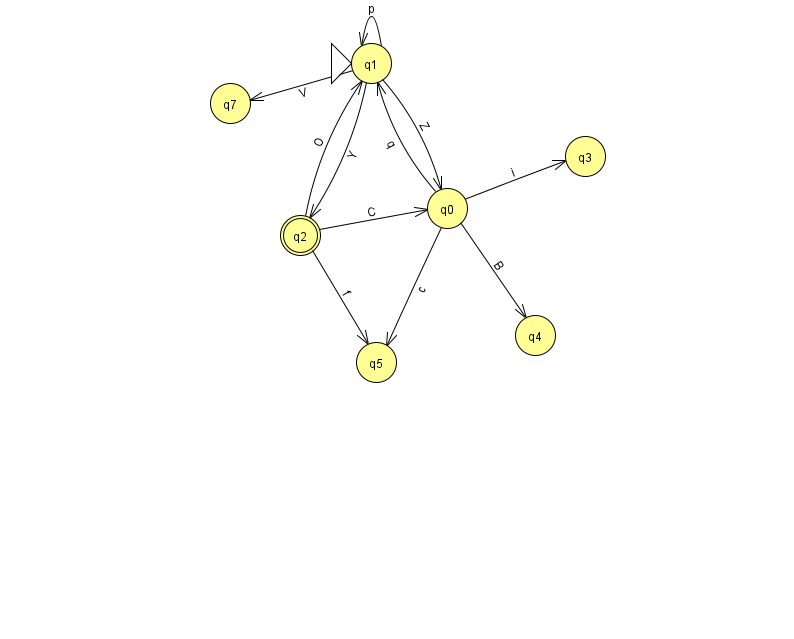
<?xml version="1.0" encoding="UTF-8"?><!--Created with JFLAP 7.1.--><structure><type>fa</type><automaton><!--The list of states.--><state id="0" name="q0"><x>447.0</x><y>195.0</y></state><state id="1" name="q1"><x>371.0</x><y>50.0</y><initial/></state><state id="2" name="q2"><x>300.0</x><y>222.0</y><final/></state><state id="3" name="q3"><x>585.0</x><y>143.0</y></state><state id="4" name="q4"><x>535.0</x><y>322.0</y></state><state id="5" name="q5"><x>376.0</x><y>349.0</y></state><state id="7" name="q7"><x>230.0</x><y>90.0</y></state><!--The list of transitions.--><transition><from>1</from><to>1</to><read>p</read></transition><transition><from>2</from><to>0</to><read>C</read></transition><transition><from>2</from><to>1</to><read>O</read></transition><transition><from>0</from><to>5</to><read>c</read></transition><transition><from>1</from><to>2</to><read>Y</read></transition><transition><from>1</from><to>7</to><read>V</read></transition><transition><from>2</from><to>5</to><read>f</read></transition><transition><from>1</from><to>0</to><read>Z</read></transition><transition><from>0</from><to>4</to><read>B</read></transition><transition><from>0</from><to>1</to><read>q</read></transition><transition><from>0</from><to>3</to><read>i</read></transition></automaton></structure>